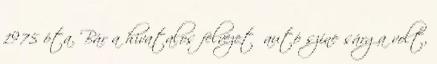
1975 óta. Bár a hivatalos felvezetőautó színe sárga volt,